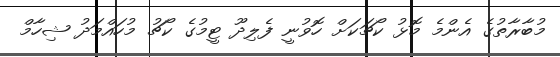
މުބާރާތުގެ އެންމެ މޮޅު ކޯޗަކަށް ހޮވުނީ ފެލިދޫ ޓީމުގެ ކޯޗު މުހައްމަދު ޝިހާމް